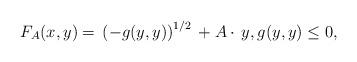
LaTeX: \begin{align*}F_A(x,y)=\,\left(-g(y,y)\right)^{1/2}\,+A\cdot \,y,g(y,y)\leq 0,\end{align*}